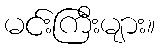
မင်းကြီးများ။